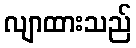
လျာထားသည်